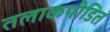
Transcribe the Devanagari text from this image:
तलाकपीडित